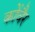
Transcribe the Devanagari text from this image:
कोंवैर